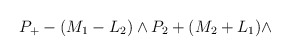
\begin{align*}P_{+}-(M_{1}-L_{2})\wedge P_{2}+(M_{2}+L_{1})\wedge\end{align*}